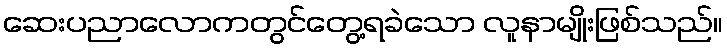
ဆေးပညာလောကတွင်တွေ့ရခဲသော လူနာမျိုးဖြစ်သည်။